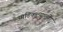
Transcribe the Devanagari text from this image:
आडिकल्याली